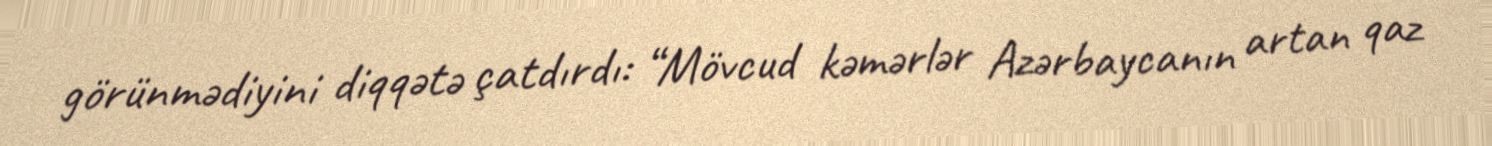
görünmədiyini diqqətə çatdırdı: “Mövcud kəmərlər Azərbaycanın artan qaz